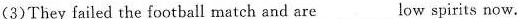
(3)They failed the football match and are ___ low spirits now.